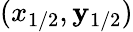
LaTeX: (x_{1/2},\mathbf{y}_{1/2})